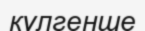
күлгенше